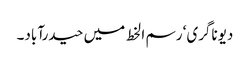
دیوناگری‘ رسم ا لخط میں حیدرآباد۔